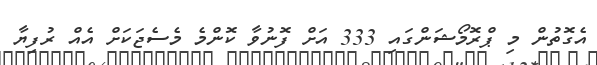
އެގޮތުން މި ޕްރޮމޯޝަންގައި 333 އަށް ފޮނުވާ ކޮންމެ މެސެޖަކަށް އެއް ރުފިޔާ